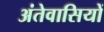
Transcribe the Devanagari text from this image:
अंतेवासियों